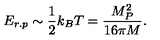
E _ { r . p } \sim \frac { 1 } { 2 } k _ { B } T = \frac { M _ { P } ^ { 2 } } { 1 6 \pi M } .